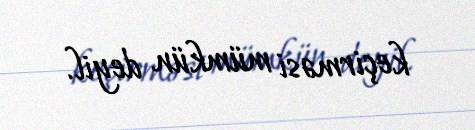
keçirməsi mümkün deyil.